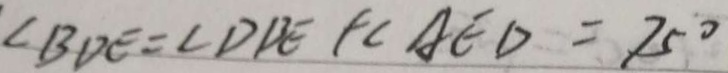
\angle B D E = \angle D B E + \angle A E D = 7 5 ^ { \circ }